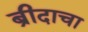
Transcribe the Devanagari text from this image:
ब्रीदाचा